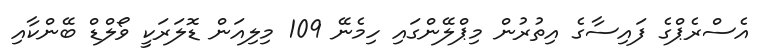
އެސްރެޕްގެ ފައިސާގެ އިތުރުން މިޕްލޭންގައި ހިމެނޭ 109 މިލިއަން ޑޮލަރަކީ ވޯލްޑް ބޭންކާއި